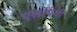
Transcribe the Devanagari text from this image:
एलोपेथी